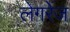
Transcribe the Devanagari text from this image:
लेगरेंज